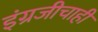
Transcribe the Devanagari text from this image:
इंग्रजीचाही